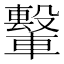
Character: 𫐁